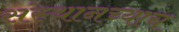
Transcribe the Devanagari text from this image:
संस्थानच्याच